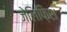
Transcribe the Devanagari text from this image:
जेलिफ़िश